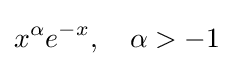
x^{\alpha }e^{-x},\quad \alpha >-1